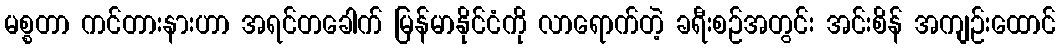
မစ္စတာ ကင်တားနားဟာ အရင်တခေါက် မြန်မာနိုင်ငံကို လာရောက်တဲ့ ခရီးစဉ်အတွင်း အင်းစိန် အကျဉ်းထောင်